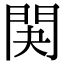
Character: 䦑